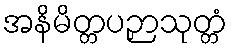
အနိမိတ္တပဉှာသုတ္တံ